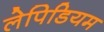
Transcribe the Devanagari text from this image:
लेपिडियम